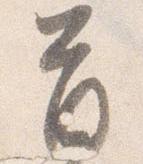
首